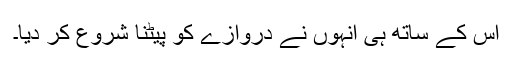
اس کے ساتھ ہی انہوں نے دروازے کو پیٹنا شروع کر دیا۔